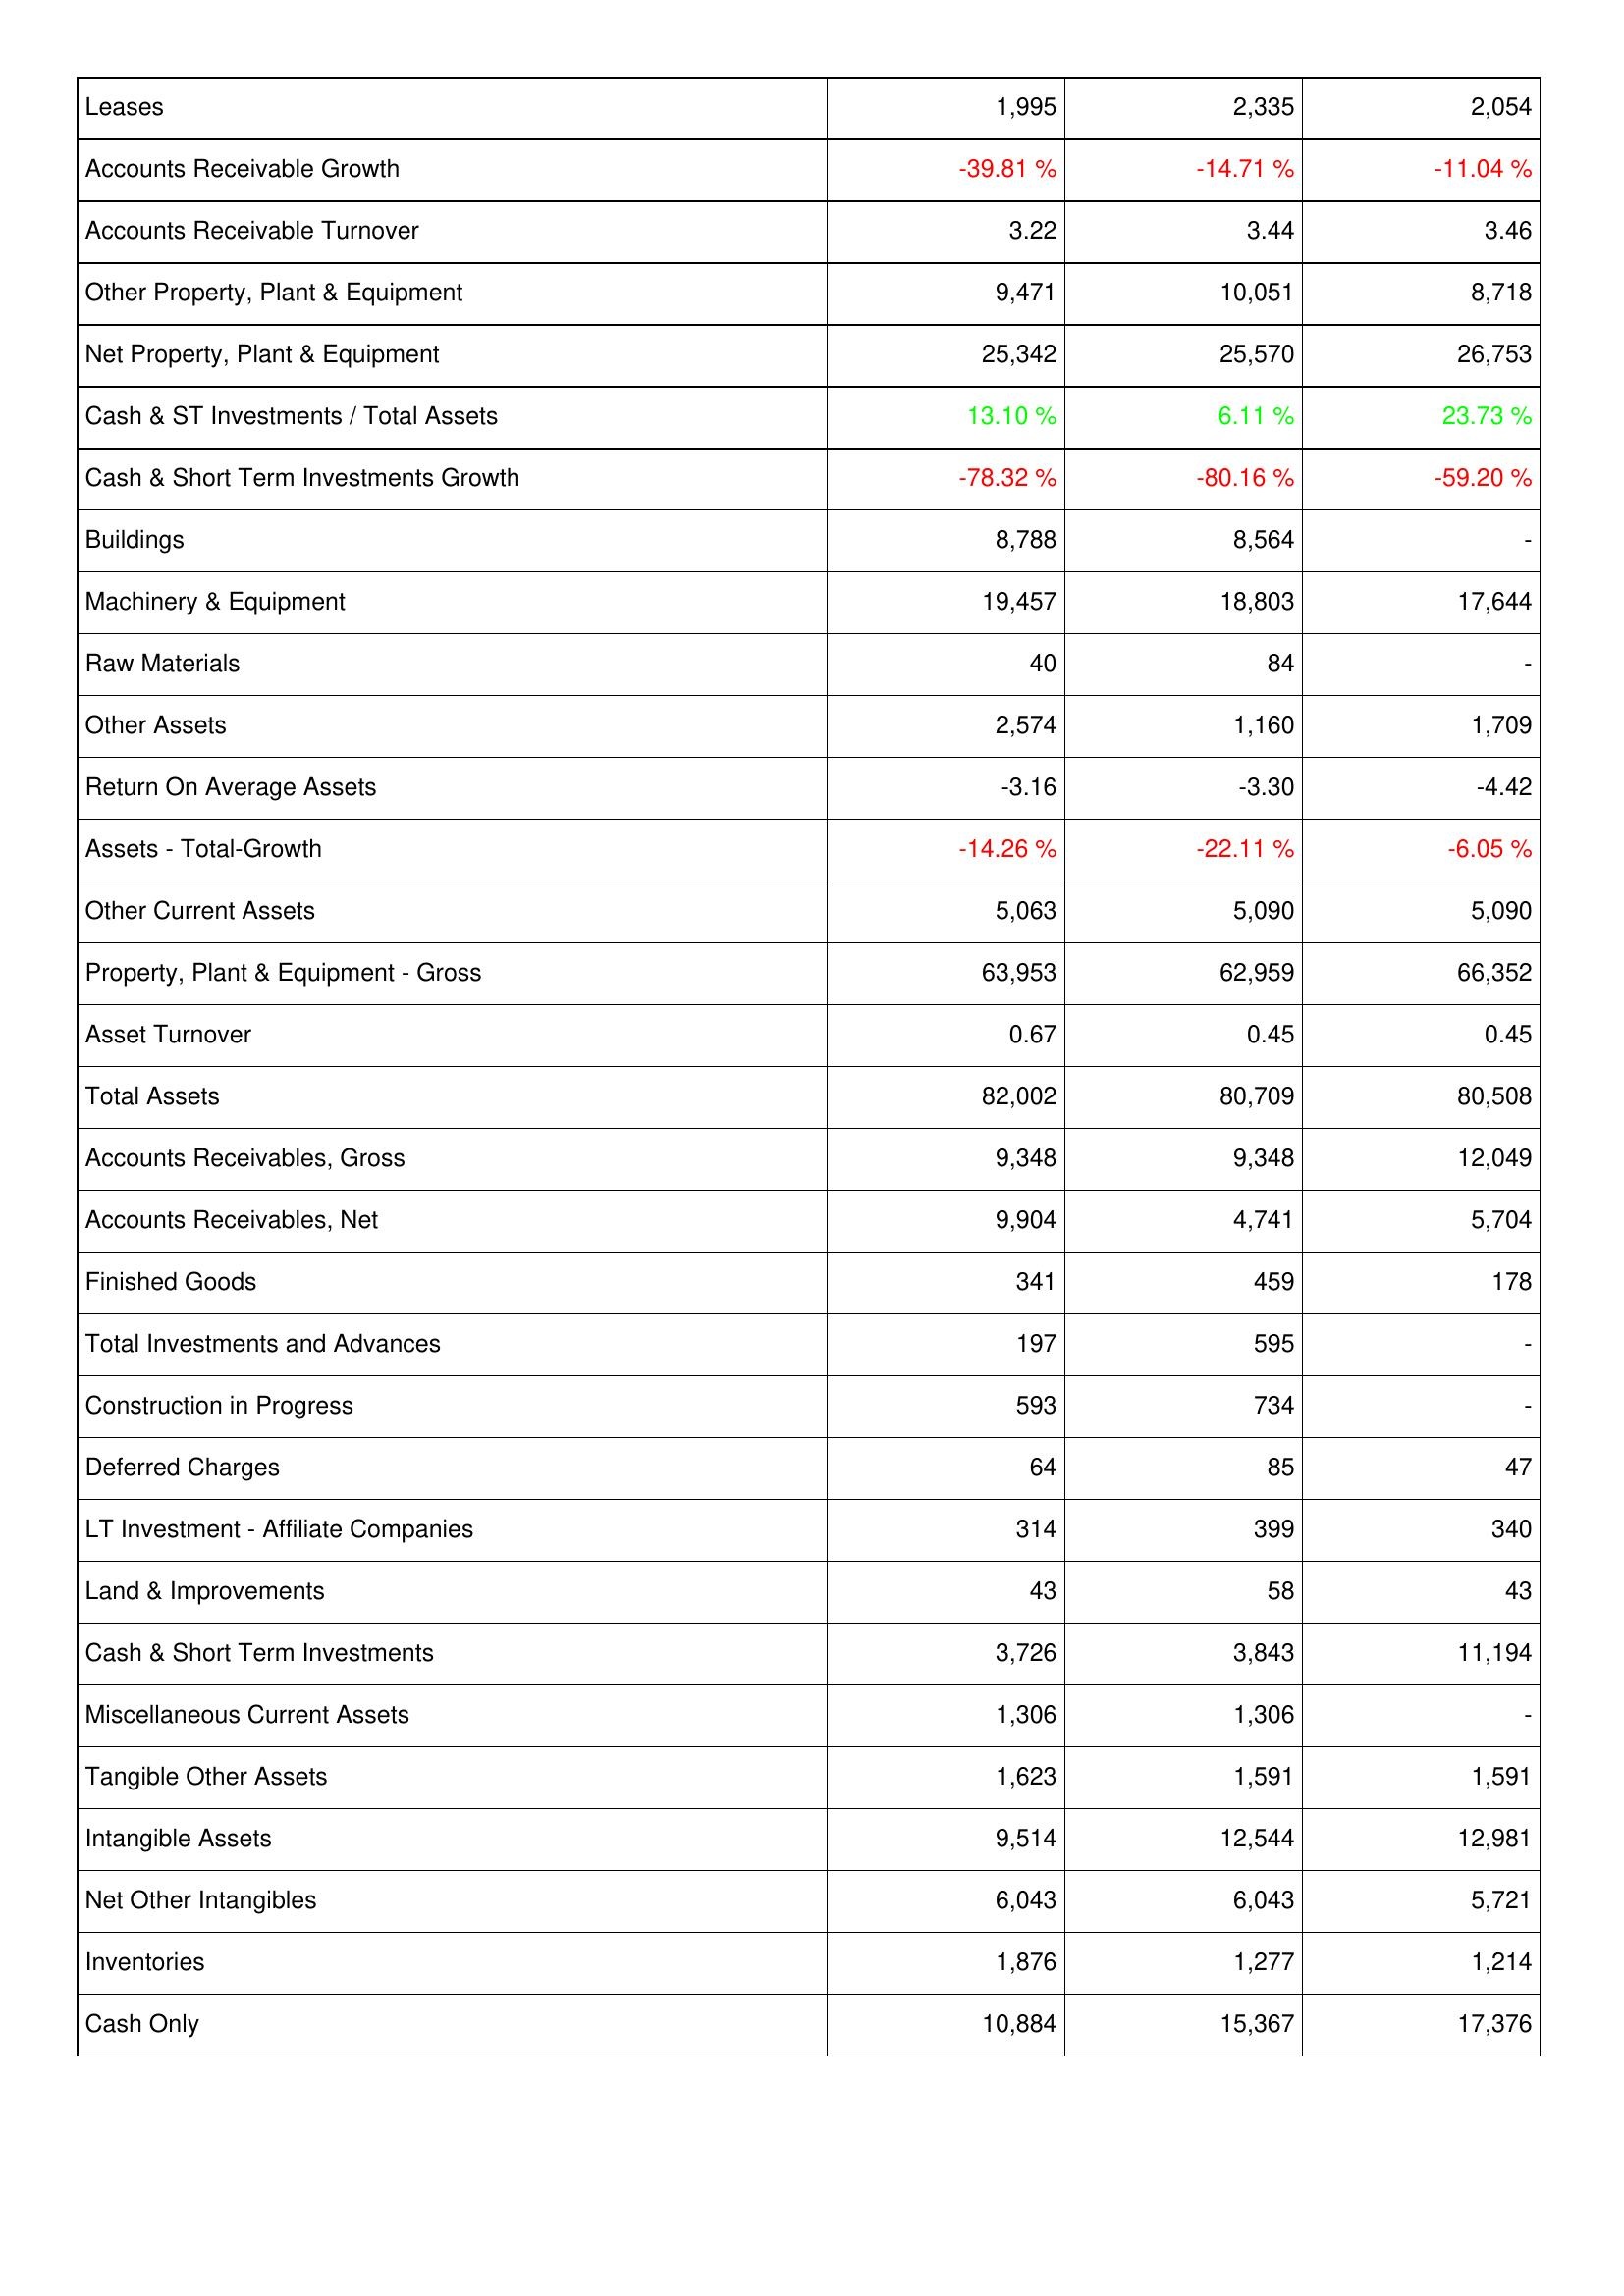
2022: Assets: Leases: 1,995
Accounts Receivable Growth: -39.81 %
Accounts Receivable Turnover: 3.22
Other Property, Plant & Equipment: 9,471
Net Property, Plant & Equipment: 25,342
Cash & ST Investments / Total Assets: 13.10 %
Cash & Short Term Investments Growth: -78.32 %
Buildings: 8,788
Machinery & Equipment: 19,457
Raw Materials: 40
Other Assets: 2,574
Return On Average Assets: -3.16
Assets - Total-Growth: -14.26 %
Other Current Assets: 5,063
Property, Plant & Equipment - Gross: 63,953
Asset Turnover: 0.67
Total Assets: 82,002
Accounts Receivables, Gross: 9,348
Accounts Receivables, Net: 9,904
Finished Goods: 341
Total Investments and Advances: 197
Construction in Progress: 593
Deferred Charges: 64
LT Investment - Affiliate Companies: 314
Land & Improvements: 43
Cash & Short Term Investments: 3,726
Miscellaneous Current Assets: 1,306
Tangible Other Assets: 1,623
Intangible Assets: 9,514
Net Other Intangibles: 6,043
Inventories: 1,876
Cash Only: 10,884
2023: Assets: Leases: 2,335
Accounts Receivable Growth: -14.71 %
Accounts Receivable Turnover: 3.44
Other Property, Plant & Equipment: 10,051
Net Property, Plant & Equipment: 25,570
Cash & ST Investments / Total Assets: 6.11 %
Cash & Short Term Investments Growth: -80.16 %
Buildings: 8,564
Machinery & Equipment: 18,803
Raw Materials: 84
Other Assets: 1,160
Return On Average Assets: -3.30
Assets - Total-Growth: -22.11 %
Other Current Assets: 5,090
Property, Plant & Equipment - Gross: 62,959
Asset Turnover: 0.45
Total Assets: 80,709
Accounts Receivables, Gross: 9,348
Accounts Receivables, Net: 4,741
Finished Goods: 459
Total Investments and Advances: 595
Construction in Progress: 734
Deferred Charges: 85
LT Investment - Affiliate Companies: 399
Land & Improvements: 58
Cash & Short Term Investments: 3,843
Miscellaneous Current Assets: 1,306
Tangible Other Assets: 1,591
Intangible Assets: 12,544
Net Other Intangibles: 6,043
Inventories: 1,277
Cash Only: 15,367
2024: Assets: Leases: 2,054
Accounts Receivable Growth: -11.04 %
Accounts Receivable Turnover: 3.46
Other Property, Plant & Equipment: 8,718
Net Property, Plant & Equipment: 26,753
Cash & ST Investments / Total Assets: 23.73 %
Cash & Short Term Investments Growth: -59.20 %
Buildings: -
Machinery & Equipment: 17,644
Raw Materials: -
Other Assets: 1,709
Return On Average Assets: -4.42
Assets - Total-Growth: -6.05 %
Other Current Assets: 5,090
Property, Plant & Equipment - Gross: 66,352
Asset Turnover: 0.45
Total Assets: 80,508
Accounts Receivables, Gross: 12,049
Accounts Receivables, Net: 5,704
Finished Goods: 178
Total Investments and Advances: -
Construction in Progress: -
Deferred Charges: 47
LT Investment - Affiliate Companies: 340
Land & Improvements: 43
Cash & Short Term Investments: 11,194
Miscellaneous Current Assets: -
Tangible Other Assets: 1,591
Intangible Assets: 12,981
Net Other Intangibles: 5,721
Inventories: 1,214
Cash Only: 17,376